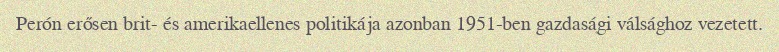
Perón erősen brit- és amerikaellenes politikája azonban 1951-ben gazdasági válsághoz vezetett.